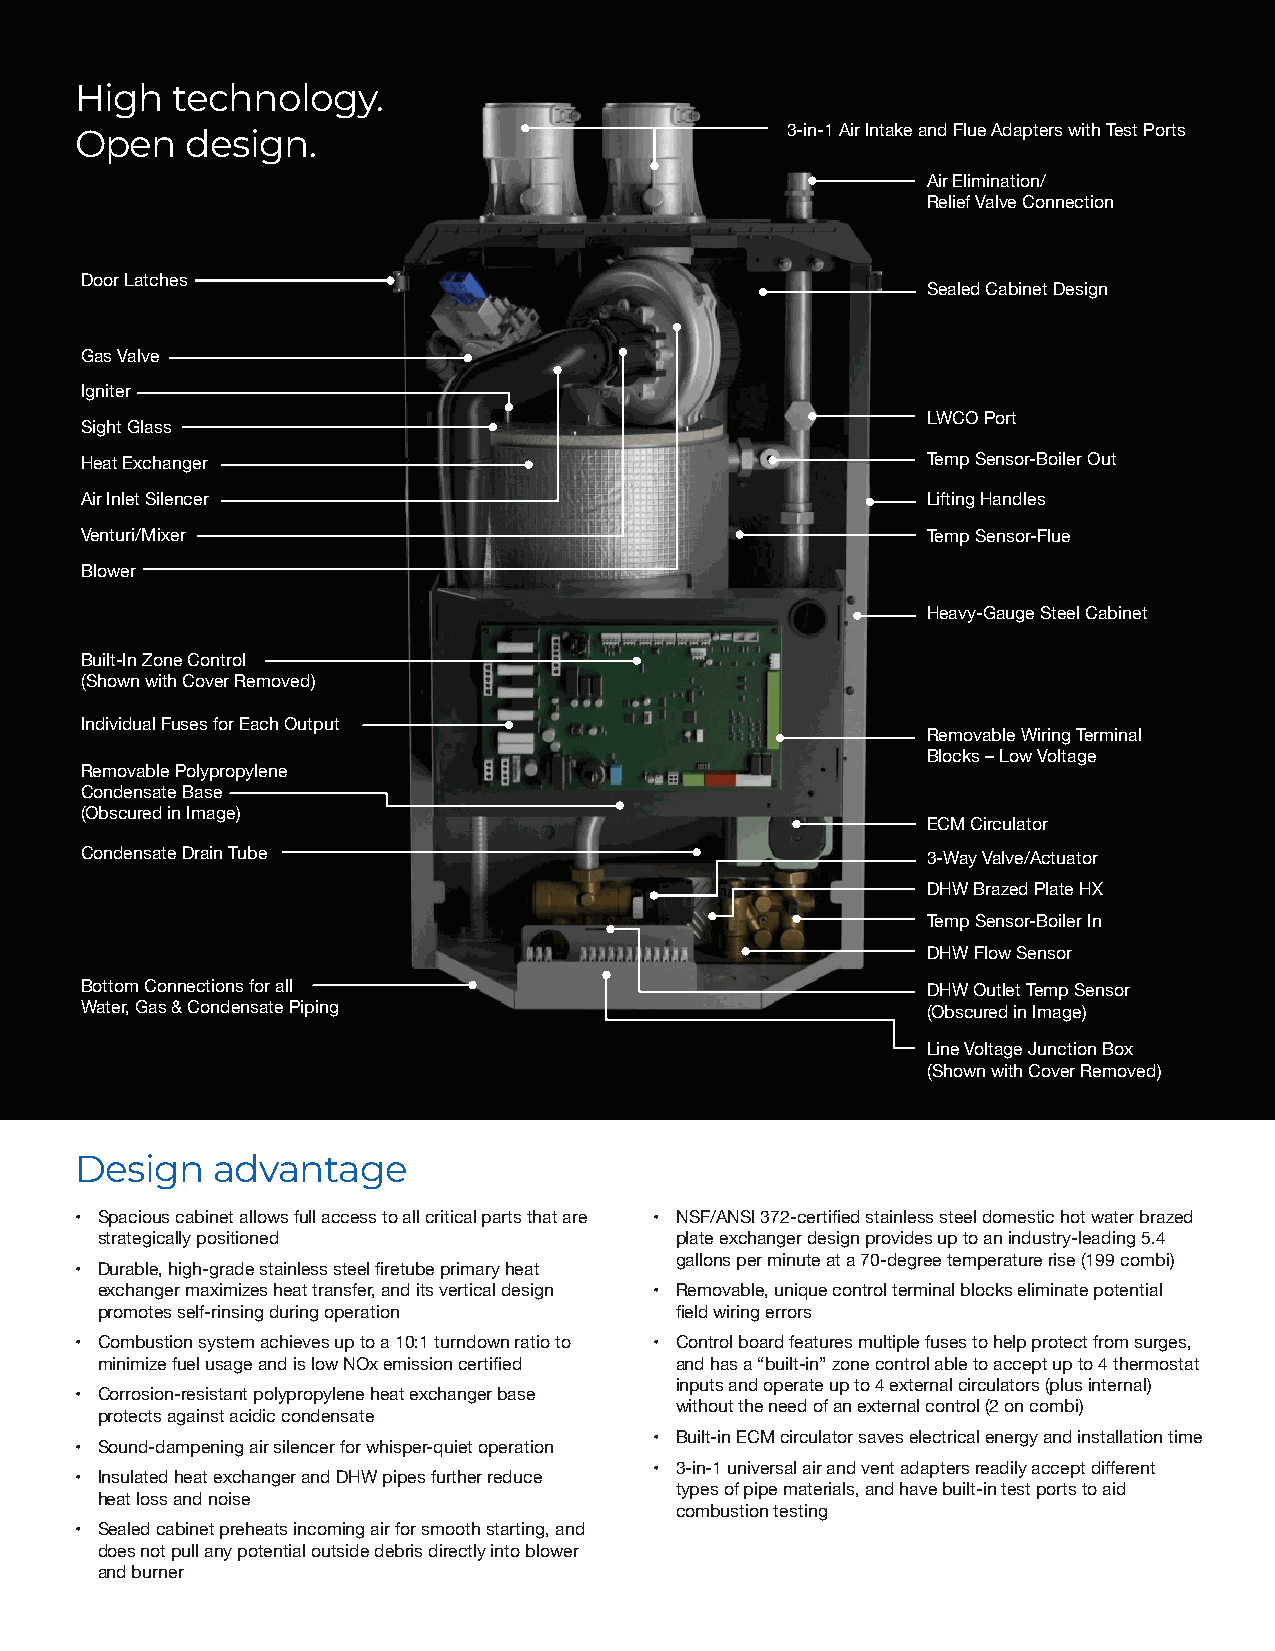
High  technology.
 Open   design.                                 3-in-1 Air Intake and Flue Adapters with Test Ports
 Air Elimination/
 Relief Valve Connection
 Door Latches
 Sealed Cabinet Design
 Gas Valve
 Igniter
 LWCO Port
 Sight Glass
 Heat Exchanger                                          Temp Sensor-Boiler Out
 Air Inlet Silencer                                      Lifting Handles
 Venturi/Mixer                                           Temp Sensor-Flue
 Blower
 Heavy-Gauge Steel Cabinet
 Built-In Zone Control
 (Shown with Cover Removed)
 Individual Fuses for Each Output
 Removable Wiring Terminal
 Blocks – Low Voltage
 Removable Polypropylene
 Condensate Base
 (Obscured in Image)
 ECM Circulator
 Condensate Drain Tube                                   3-Way Valve/Actuator
 DHW Brazed Plate HX
 Temp Sensor-Boiler In
 DHW Flow Sensor
 Bottom Connections for all                              DHW Outlet Temp Sensor
 Water, Gas & Condensate Piping                          (Obscured in Image)
 Line Voltage Junction Box
 (Shown with Cover Removed)
 Design   advantage
 • Spacious cabinet allows full access to all critical parts that are • NSF/ANSI 372-certified stainless steel domestic hot water brazed
 strategically positioned               plate exchanger design provides up to an industry-leading 5.4
 gallons per minute at a 70-degree temperature rise (199 combi)
 • Durable, high-grade stainless steel firetube primary heat
 exchanger maximizes heat transfer, and its vertical design • Removable, unique control terminal blocks eliminate potential
 promotes self-rinsing during operation field wiring errors
 • Combustion system achieves up to a 10:1 turndown ratio to • Control board features multiple fuses to help protect from surges,
 minimize fuel usage and is low NOx emission certified and has a “built-in” zone control able to accept up to 4 thermostat
 inputs and operate up to 4 external circulators (plus internal)
 • Corrosion-resistant polypropylene heat exchanger base
 without the need of an external control (2 on combi)
 protects against acidic condensate
 • Built-in ECM circulator saves electrical energy and installation time
 • Sound-dampening air silencer for whisper-quiet operation
 • 3-in-1 universal air and vent adapters readily accept different
 • Insulated heat exchanger and DHW pipes further reduce
 types of pipe materials, and have built-in test ports to aid
 heat loss and noise
 combustion testing
 • Sealed cabinet preheats incoming air for smooth starting, and
 does not pull any potential outside debris directly into blower
 and burner